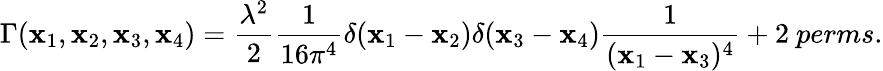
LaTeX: \Gamma(\mathbf{x}_{1},\mathbf{x}_{2},\mathbf{x}_{3},\mathbf{x}_{4})=\frac{{\lambda^{2}}}{{2}}\frac{{1}}{{16\pi^{4}}}\delta(\mathbf{x}_{1}-\mathbf{x}_{2})\delta(\mathbf{x}_{3}-\mathbf{x}_{4})\frac{{1}}{{(\mathbf{x}_{1}-\mathbf{x}_{3})^{4}}}+{\mathrm{2}~perms.}